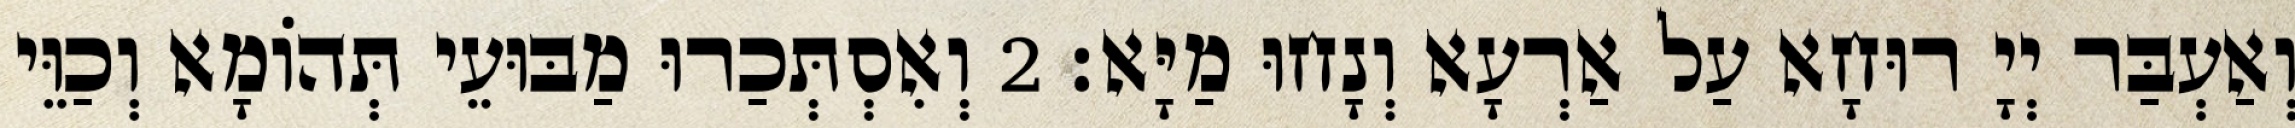
וְאַעְבַּר יְיָ רוּחָא עַל אַרְעָא וְנָחוּ מַיָּא׃ 2 וְאִסְתְּכַרוּ מַבּוּעֵי תְּהוֹמָא וְכַוֵּי